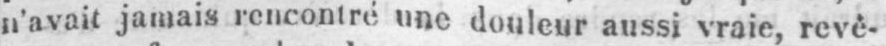
n’avait jamais rencontré une douleur aussi vraie, revê-